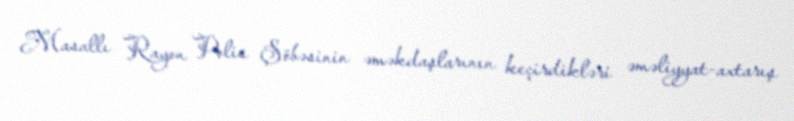
Masallı Rayon Polis Şöbəsinin əməkdaşlarının keçirdikləri əməliyyat-axtarış